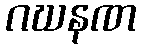
ဂဃနဏ